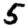
Digit: 5